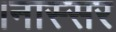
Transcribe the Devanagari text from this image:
।नास्सर